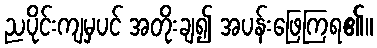
ညပိုင်းကျမှပင် အတိုးချ၍ အပန်းဖြေကြရ၏။